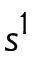
s ^ { 1 }